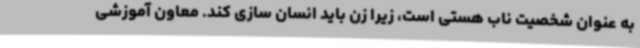
به عنوان شخصیت ناب هستی است، زیرا زن باید انسان سازی کند. معاون آموزشی